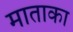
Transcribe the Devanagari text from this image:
माताका